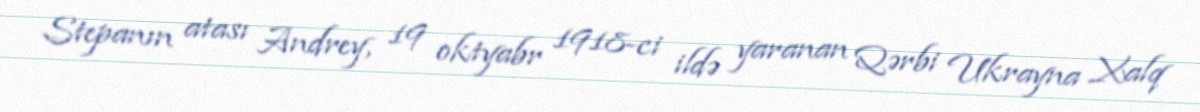
Stepanın atası Andrey, 19 oktyabr 1918-ci ildə yaranan Qərbi Ukrayna Xalq